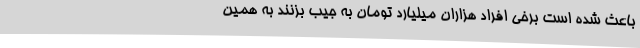
باعث شده است برخی افراد هزاران میلیارد تومان به جیب بزنند به همین